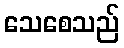
သေစေသည်